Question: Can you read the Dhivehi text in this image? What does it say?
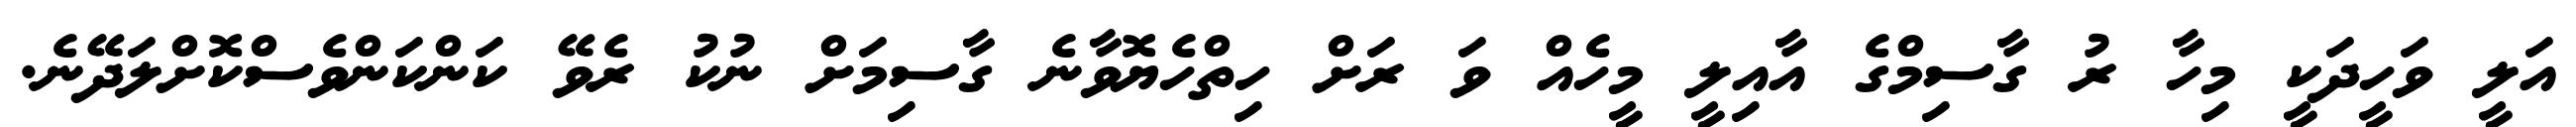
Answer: އަލީ ވަހީދަކީ މިހާ ރު ގާސިމްގެ އާއިލީ މީހެއް ވަ ރަށް ހިތްހެޔޮވާނެ ގާސިމަށް ނުކު ރެވޭ ކަންކަންވެސްކޮށްލަދޭނެ.